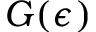
G ( \epsilon )